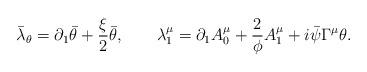
LaTeX: \begin{align*}\bar\lambda_\theta=\partial_1\bar\theta +\frac \xi 2 \bar\theta, \qquad\lambda_1^\mu=\partial_1 A_0^\mu +\frac 2\phi A_1^\mu +i\bar\psi\Gamma^\mu\theta.\end{align*}